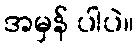
အမှန် ပါပဲ။